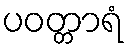
ပဝတ္တာရံ